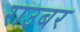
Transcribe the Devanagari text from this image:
राउबर